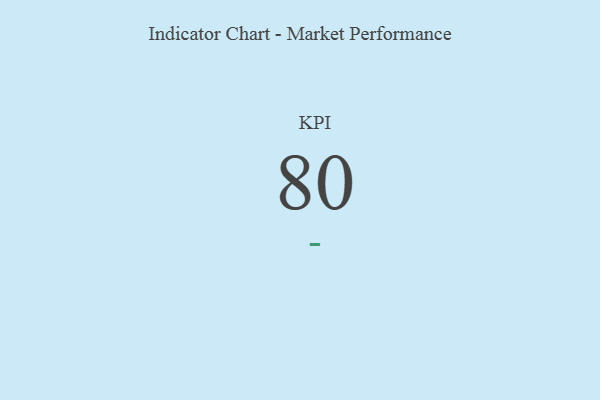
{"axis": {"x": "KPI", "y": "Value"}, "legend": [""], "data": [{"x": "KPI", "y": 80, "type": ""}]}